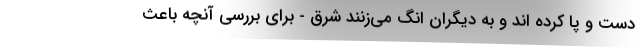
دست و پا کرده اند و به دیگران انگ می‌زنند شرق - برای بررسی آنچه باعث